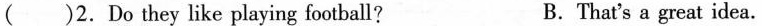
( )2. Do they like playing football? B. That's a great idea.